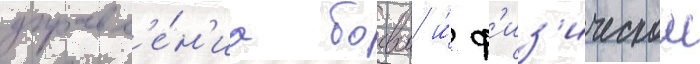
управл'е́н'иа боевои и́ ф'из'ическои